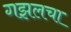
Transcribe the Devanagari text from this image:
गझलचा